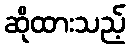
ဆိုထားသည့်